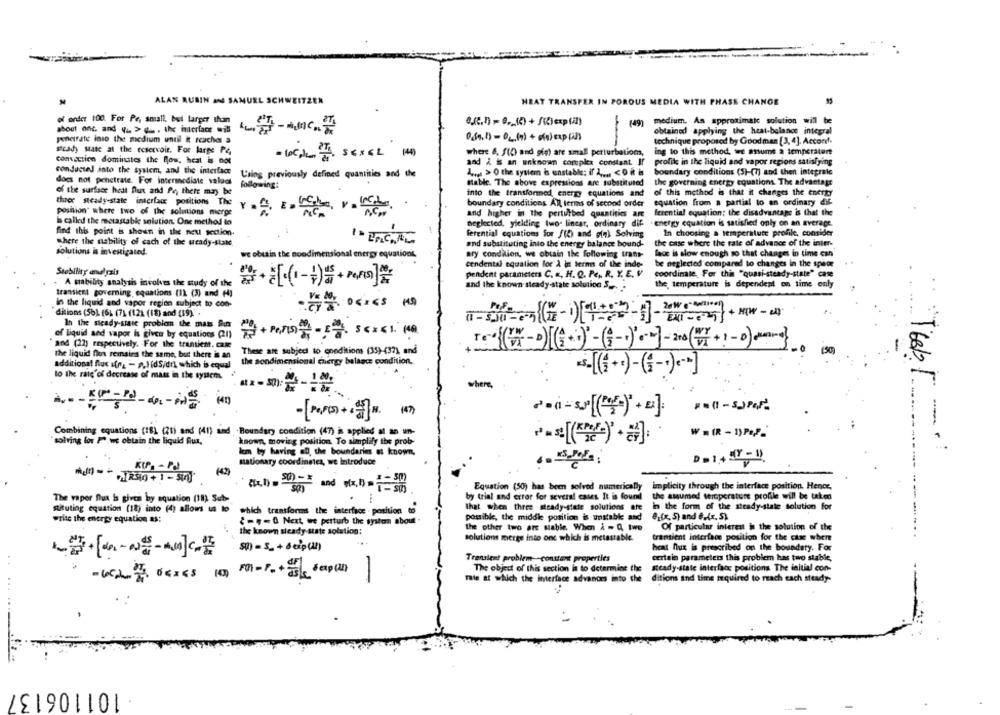
ALAN RUBIN AN SAMUEL SCHWEITZER
HEAT TRANSFER IN POROUS MEDIA WITH PHASE CHANGE
of order 100. For Pr, small, but larger than
149
medium. An approximate solution will be
about one, and vu > du . the interface will
obtained applying the heat-balance integral
penetrate loso the medium until it reaches a
technique proposed by Goodman [3, 4]. Accont.
steady state at the reservoir. For large PA
ing to this method, we assume a temperature
where 8, S(D and gis) are small perturbations,
convection dominates the flow, hcat is not
and & is an unknown complex constant If
profile in the liquid and vapor regions satisfying
conducted into the system, and the interface
4. >O the system is unstable: if 4 .... < 0 i
boundary conditions (5)-(7) and then integrale
thing previously defined quantities and the
does not penetrate. For intermediate valadi
following:
stable. The above expressions are substituted
the governing energy equations. The advantage
of the surface heat flux and Pe, there may be
into the transformed, energy equations and
of this method is that it changes the energy
three steady-state interface positions The
boundary conditions Al terms of second order
equation from a partial to an ordinary dif-
position' where two of the solutions merge
and higher in the perturbed quantities are
ferential equation; the disadvantage is that the
is called the metastable solution. One method to
neglected, yielding two linear, ordinary dif
energy equation is satisfied only on an average.
find this point is shown in the next section.
ferential equations Sor /12) and gin) Solving
In choosing a temperature profile, consider
where the stability of cach of the ueady-siste
the case where the rate of advance of the inter-
and substituting into the energy balance bound-
solutions is investigated.
utin the noodimensional energy equations.
ary condition, we obtain the following trans-
face is slow enough so that changes in time can
cendental equation for å in terms of the inde-
be neglected compared to changes in the space
Stability analysis
pendent parameters C. «, H. Q. Pe, R, Y, E. V
coordinate, For this "quasi-steady-state" case
. A sability analysis involves the study of the
and the known steady-state solution ---
the temperature is dependent on time only
transient governing equations (1) (3) and (4]
In the liquid and vapor region subject to con-
ditions (56) (6) (7) (121 (18) and (19)' .
In the steady-state problem the mass Per
of liquid and vapor is given by equations (21)
and (27) respectively. For the transient. cate
These are subject to epeditions (35)-(37) and
(50)
the liquid flus remains the same, but there is an
additional flux sfra - p.)dS/drl which is equal
the sondimensional chergy balance condition,
"s-[(+·)-(G -· ) --- ]
to the rate'of decrease of mass in the system.
when
Combining equations (18) (21) and (41) and Boundary condition (47) is applied al an um-
₩ = (R - 1)Pef-
solving for I ,we obtain the liquid Rua,
known, moving position. To simplify the prob-
lem by having aD, the boundaries et known,
stationary coordinates, we introduce
D= 1 , 5Y-1)
Equation (50) has been solved numerically
implicity through the interface position. Hence,
The vapor flux Is given by equation (18) Sub-
by trial and error for several cases It is found
the assumed temperature profile will be taken
that when three steady-state solutions are
in the form of the steady-state solution for
stituting equation (18) into (4) allows us to
which transforms the interface . position
write the energy equation as:
-4-0 Next, we perturb the system about
possible, the middle position is unstable and
02(z, 5) and 6 (x. 5)
the other two are siable. When & = Q, two
Of particular interest in the solution of the
the known steady-state solution;
solutions merge into one which is metastable.
transient interface position for the case when
50) - S_ + 6 eip(at)
heat flux is prescribed on the boundary. For
Transient problem -- contient properties
certain parameters this problem has two stable,
The objed of this section is to determine the
steady-state interface positions The initial con-
1
fale at which the interface advances into the ditions and time required to reach cach steady-
: 101106137